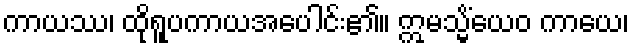
ကာယဿ၊ ထိုရူပကာယအပေါင်း၏။ ဣမသ္မိံယေဝ ကာယေ၊